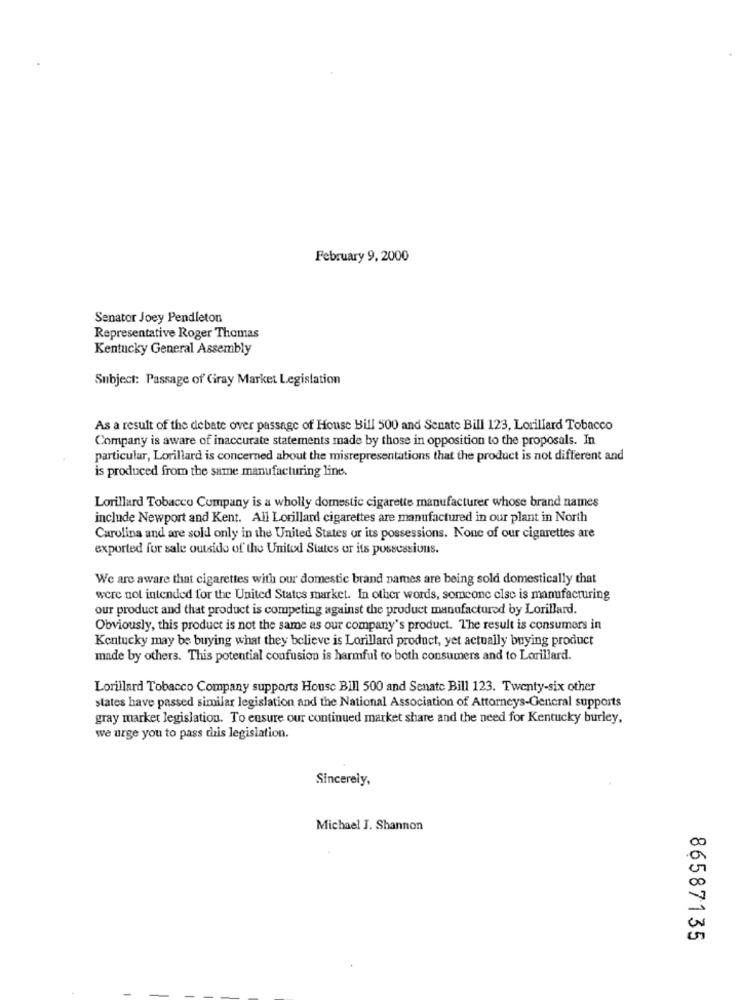
February 9, 2000
Senator Joey Pendleton
Representative Roger Thomas
Kentucky General Assembly
Subject: Passage of Gray Market Legislation
As a result of the debate over passage of House Bill 500 and Senate Bill 123, Lorillard Tobacco
Company is aware of inaccurate statements made by those in opposition to the proposals. In
particular, Lorillard is concerned about the misrepresentations that the product is not different and
is produced from the same manufacturing line.
Lorillard Tobacco Company is a wholly domestic cigarette manufacturer whose brand names
include Newport and Kent. All Lorillard cigarettes are manufactured in our plant in North
Carolina and are sold only in the United States or its possessions. None of our cigarettes are
exported for sale outside of the United States or its possessions.
We are aware that cigarettes with our domestic brand names are being sold domestically that
were not intended for the United States market. In other words, someone else is manufacturing
our product and that product is competing against the product manufactured by Lorillard.
Obviously, this product is not the same as our company's product. The result is consumers in
Kentucky may be buying what they believe is Lorillard product, yet actually buying product
made by others. This potential confusion is harmful to both consumers and to Lorillard.
Lorillard Tobacco Company supports House Bill 500 and Senate Bill 123. Twenty-six other
states have passed similar legislation and the National Association of Attorneys-General supports
gray market legislation. To ensure our continued market share and the need for Kentucky burley,
we urge you to pass this legislation.
Sincerely,
Michael J. Shannon
86587135